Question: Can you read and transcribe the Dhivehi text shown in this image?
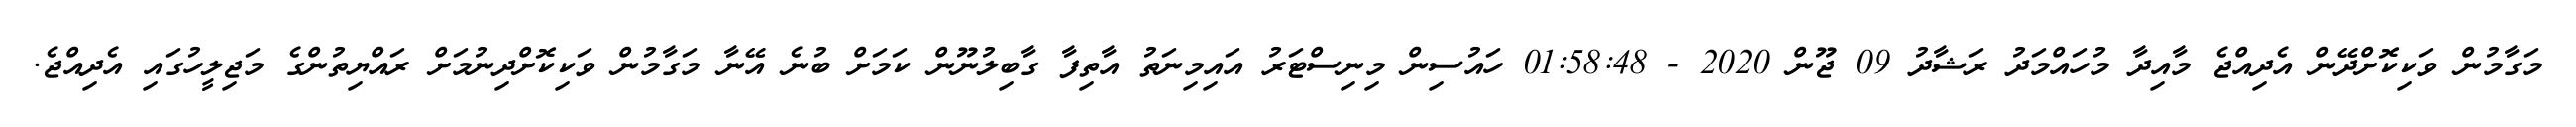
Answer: މަގާމުން ވަކިކޮށްދޭން އެދިއްޖެ މާއިދާ މުހައްމަދު ރަޝާދު 09 ޖޫން 2020 - 01:58:48 ހައުސިން މިނިސްޓަރު އައިމިނަތު އާތިފާ ގާބިލުނޫން ކަމަށް ބުނެ އޭނާ މަގާމުން ވަކިކޮށްދިނުމަށް ރައްޔިތުންގެ މަޖިލީހުގައި އެދިއްޖެ.